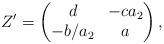
LaTeX: \begin{align*}Z' = \begin{pmatrix} d & -ca_2 \\ - b / a_2 & a \end{pmatrix},\end{align*}